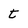
Character: t